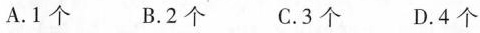
A.1个 B.2个 C.3个 D.4个